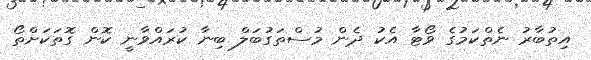
އިތުބާރު ނެތްކަމުގެ ވޯޓާ އެކު ދެން މުސްތަގުބަލް ބިނާ ކުރައްވާނީ ކޮން ގޮތަކަށްތޯ